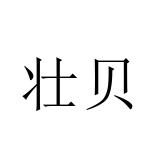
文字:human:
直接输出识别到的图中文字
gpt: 壮贝